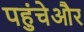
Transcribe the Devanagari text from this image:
पहुंचेऔर